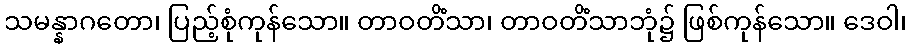
သမန္နာဂတော၊ ပြည့်စုံကုန်သော။ တာဝတိံသာ၊ တာဝတိံသာဘုံ၌ ဖြစ်ကုန်သော။ ဒေဝါ၊